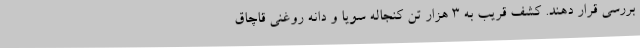
بررسی قرار دهند. کشف قریب به 3 هزار تن کنجاله سویا و دانه روغنی قاچاق